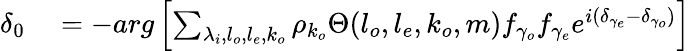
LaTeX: \begin{array}{rl}{\delta_{0}}&{{}=-arg\left[\sum_{\lambda_{i},l_{o},l_{e},k_{o}}\rho_{k_{o}}\Theta(l_{o},l_{e},k_{o},m)f_{\gamma_{o}}f_{\gamma_{e}}e^{i(\delta_{\gamma_{e}}-\delta_{\gamma_{o}})}\right]}\end{array}